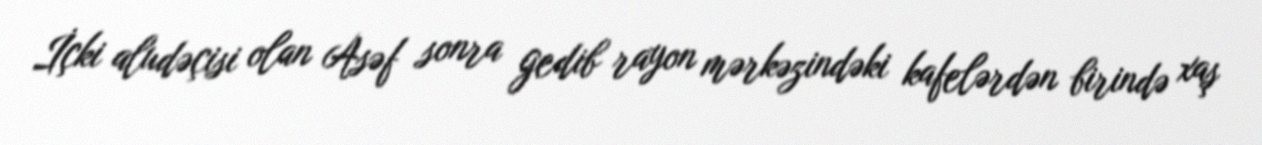
İçki aludəçisi olan Asəf sonra gedib rayon mərkəzindəki kafelərdən birində xaş